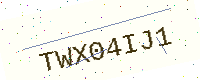
Text: TWX04IJ1